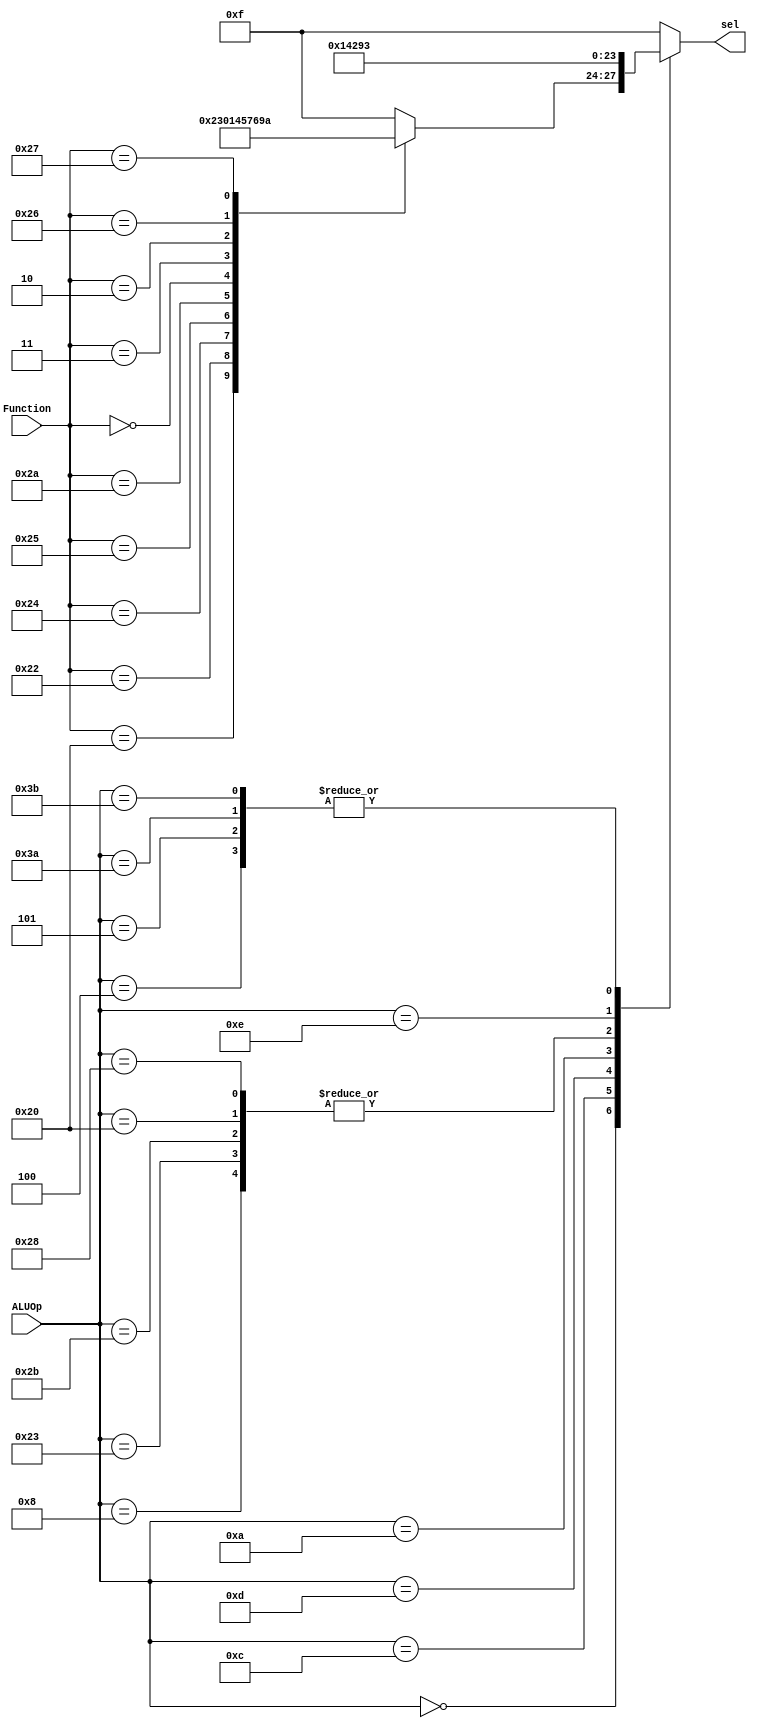
module ALU_control(sel, Function, ALUOp);

output	[3:0]	sel;
input	[5:0]	Function;
input	[5:0]	ALUOp;
reg 	[3:0]	sel;

 // R_type 	Function 
parameter		add	= 6'b100000;
parameter		sub	= 6'b100010;
parameter		andd	= 6'b100100;
parameter		orr	= 6'b100101;
parameter		slt	= 6'b101010;
parameter		sll	= 6'b000000;
parameter		sra	= 6'b000011;
parameter		srl	= 6'b000010;
parameter		xorr 	= 6'b100110;//new
parameter		norr 	= 6'b100111;//new


// I_type	ALUOp
parameter		Rtype	= 6'b000000;
parameter		addi	= 6'b001000;
parameter		andi	= 6'b001100;
parameter		ori	= 6'b001101;
parameter		slti	= 6'b001010;
parameter		beq	= 6'b000100;
parameter		bne	= 6'b000101;
parameter		ble	= 6'b111010;//new3
parameter		bgt	= 6'b111011;//new3
parameter		lw	= 6'b100011;
parameter		sw	= 6'b101011;
parameter		lb	= 6'b100000;
parameter		sb	= 6'b101000;
parameter		xori	= 6'b001110;//new2


// sel
parameter		AND	= 4'b0000;
parameter		OR	 = 4'b0001;
parameter		ADD	= 4'b0010;
parameter		SUB	= 4'b0011;
parameter	 	SLT	= 4'b0100;
parameter		SLL	= 4'b0101;
parameter		SRL	= 4'b0110;
parameter		SRA	= 4'b0111;
parameter		NOP	= 4'b1111;
parameter		XOR	= 4'b1001;//new
parameter		NOR 	= 4'b1010;//new

/////////////////////////////////////////////////////////////////////////////////
				
always@(ALUOp or Function)
	case (ALUOp)
		Rtype:	case(Function)
				add:	sel = ADD;
				sub:	sel = SUB;
				andd:	sel = AND;
				orr:	sel = OR;
				slt:	sel = SLT;
				sll:	sel = SLL;
				sra: 	sel = SRA;
				srl:	sel = SRL;	
				xorr:	sel = XOR;//new
				norr:	sel = NOR;//new
				default:	sel = NOP;	
			endcase
		addi:	sel = ADD;
		andi:   sel = AND;
		ori:	sel = OR;
		slti:	sel = SLT;
		beq:	sel = SUB;
		bne:	sel = SUB;
		lw:	sel = ADD;
		sw:	sel = ADD;
		lb:	sel = ADD;
		sb:	sel = ADD;
		xori:	sel = XOR;//new2
		ble:	sel = SUB;//new3
		bgt:	sel = SUB;//new3
		default:	sel = NOP;	
	endcase

endmodule